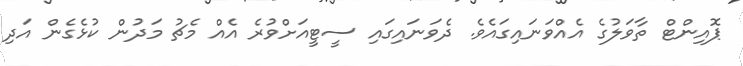
ޕޮއިންޓް ތާވަލުގެ އެއްވަނައިގައެވެ. ދެވަނައިގައި ސީޓީއަށްވުރެ އެއް މެޗު މަދުން ކުޅެގެން އަދި